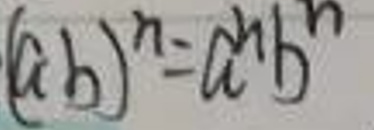
\[(ab)^n = a^n b^n\]